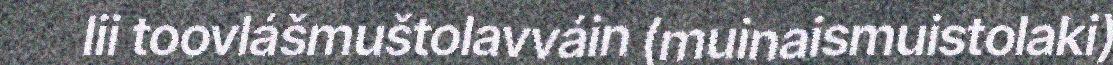
lii toovlášmuštolavváin (muinaismuistolaki)